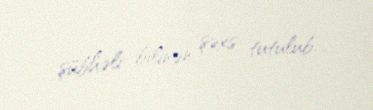
şübhəli bilinən şəxs tutulub.